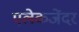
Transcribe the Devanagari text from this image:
एलेकजेंदर